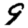
Digit: 9